Annual report on the working of the lock hospitals in the North-Western Provinces and Oudh
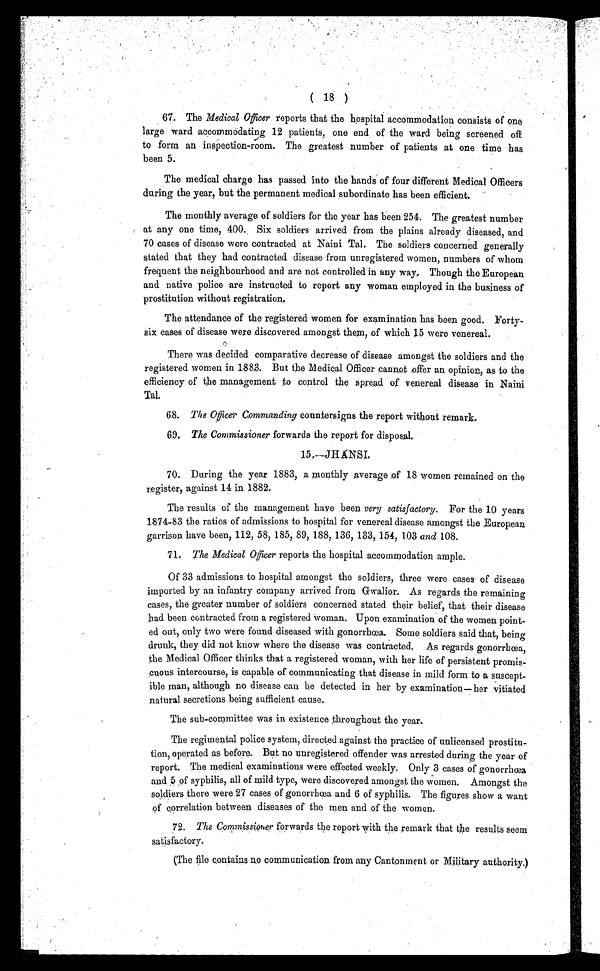
( 18 )
67. The Medical Officer reports that the hospital accommodation consists of one
large ward accommodating 12 patients, one end of the ward being screened off
to form an inspection-room. The greatest number of patients at one time has
been 5.
The medical charge has passed into the hands of four different Medical Officers
during the year, but the permanent medical subordinate has been efficient.
The monthly average of soldiers for the year has been 254. The greatest number
at any one time, 400. Six soldiers arrived from the plains already diseased, and
70 cases of disease were contracted at Naini Tal. The soldiers concerned generally
stated that they had contracted disease from unregistered women, numbers of whom
frequent the neighbourhood and are not controlled in any way, Though the European
and native police are instructed to report any woman employed in the business of
prostitution without registration.
The attendance of the registered women for examination has been good. Forty-
six cases of disease were discovered amongst them, of which 15 were venereal.
There was decided comparative decrease of disease amongst the soldiers and the
registered women in 1883. But the Medical Officer cannot offer an opinion, as to the
efficiency of the management to control the spread of venereal disease in Naini
Tal.
68. The Officer Commanding countersigns the report without remark.
69. The Commissioner forwards the report for disposal.
15 .—JHÁNSI.
70. During the year 1883, a monthly average of 18 women remained on the
register, against 14 in 1882.
The results of the management have been very satisfactory. For the 10 years
1874-83 the ratios of admissions to hospital for venereal disease amongst the European
garrison have been, 112, 58, 185, 89, 188, 136, 133, 154, 103 and 108.
71. The Medical Officer reports the hospital accommodation ample.
Of 33 admissions to hospital amongst the soldiers, three were cases of disease
imported by an infantry company arrived from Gwalior. As regards the remaining
cases, the greater number of soldiers concerned stated their belief, that their disease
had been contracted from a registered woman. Upon examination of the women point-
ed out, only two were found diseased with gonorrhœa. Some soldiers said that, being
drunk, they did not know where the disease was contracted. As regards gonorrhœa,
the Medical Officer thinks that a registered woman, with her life of persistent promis-
cuous intercourse, is capable of communicating that disease in mild form to a suscept-
ible man, although no disease can he detected in her by examination— her vitiated
natural secretions being sufficient cause.
The sub-committee was in existence throughout the year.
The regimental police system, directed against the practice of unlicensed prostitu-
tion, operated as before. But no unregistered offender was arrested during the year of
report. The medical examinations were effected weekly. Only 3 cases of gonorrhœa
and 5 of syphilis, all of mild type, were discovered amongst the women. Amongst the
soldiers there were 27 cases of .gonorrhœa and 6 of syphilis. The figures show a want
of correlation between diseases of the men and of the women.
72. The Commissioner forwards the report with the remark that the results seem
satisfactory.
(The file contains no communication from any Cantonment or Military authority.)